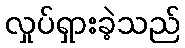
လှုပ်ရှားခဲ့သည်